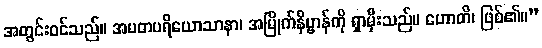
အတွင်းဝင်သည်။ အမတပရိယောသာနာ၊ အမြိုက်နိဗ္ဗာန်ကို ရှာမှီးသည်။ ဟောတိ၊ ဖြစ်၏။”